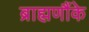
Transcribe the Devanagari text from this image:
ब्राह्मणौंके